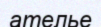
ателье